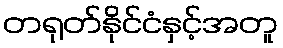
တရုတ်နိုင်ငံနှင့်အတူ